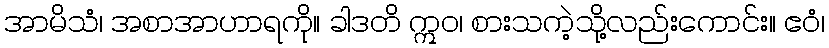
အာမိသံ၊ အစာအာဟာရကို။ ခါဒတိ ဣဝ၊ စားသကဲ့သို့လည်းကောင်း။ ဧဝံ၊